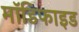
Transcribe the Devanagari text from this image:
माॅडिफाइड